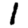
Digit: 1